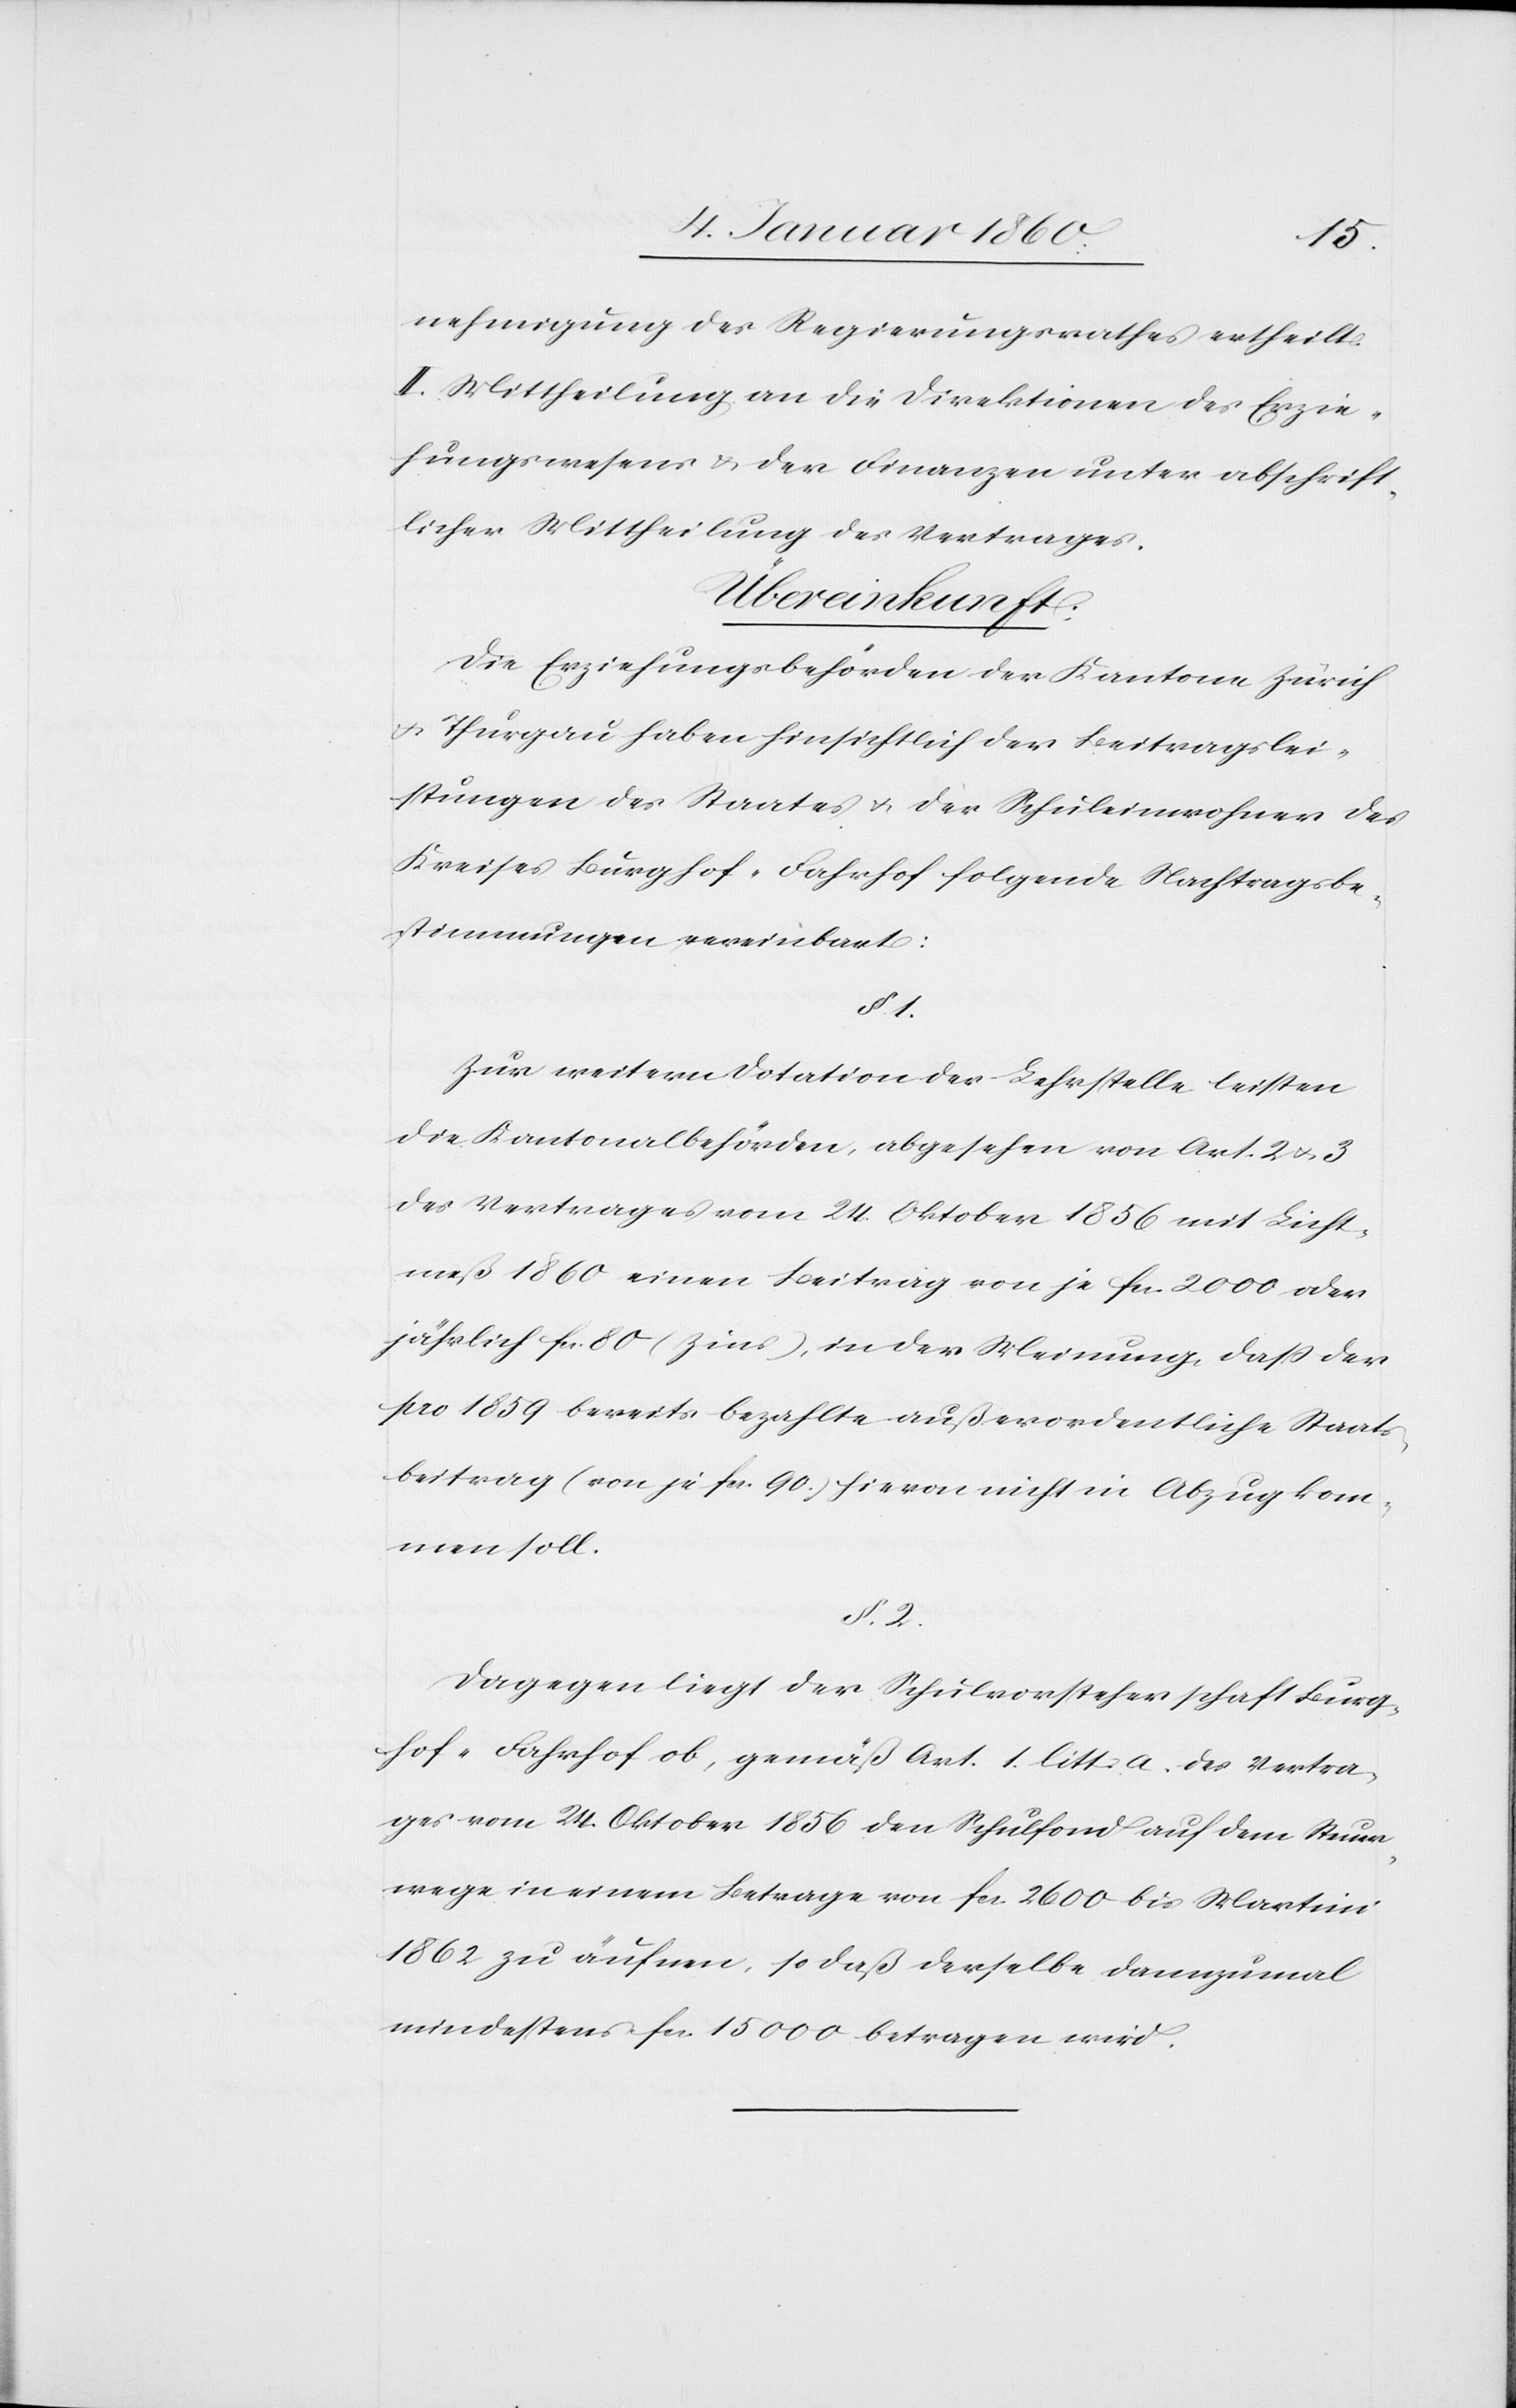
nehmigung des Regierungsrathes ertheilt:
II. Mittheilung an die Direktionen des Erzie¬
hungswesens u. der Finanzen unter abschrift¬
licher Mittheilung des Vertrages.
Übereinkunft
Die Erziehungsbehörden der Kantone Zürich
u. Thurgau haben hinsichtlich der Beitragslei¬
stungen des Staates u. der Schuleinwohner des
Kreises Burghof-Fahrhof folgende Nachtragsbe¬
stimmungen vereinbart:
§. 1.
Zur weitern Dotation der Lehrstelle leisten
die Kantonalbehörden, abgesehen von Art. 2. u. 3.
des Vertrages vom 24. Oktober 1856. mit Licht¬
meß 1860. einen Beitrag von je fr. 2000. oder
jährlich fr. 80. (Zins), in der Meinung, daß der
pro 1859. bereits bezahlte außerordentliche Staats¬
beitrag (von je fr. 90) hiervon nicht in Abzug kom¬
men soll.
§. 2.
Dagegen liegt der Schulvorsteherschaft Burg¬
hof-Fahrhof ob, gemäß Art. 1. litt. a. des Vertra¬
ges vom 24. Oktober 1856. den Schulfond auf dem Steuer¬
wege in einem Betrage von fr. 2600. bis Martini
1862. zu äufnen, so daß derselbe dannzumal
mindestens fr. 15 000. betragen wird.